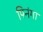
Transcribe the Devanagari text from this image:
पिनंगा